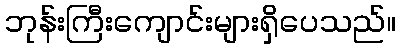
ဘုန်းကြီးကျောင်းများရှိပေသည်။